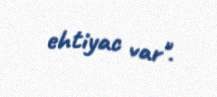
ehtiyac var".